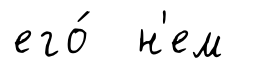
его́ н'ем